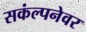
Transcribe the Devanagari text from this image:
सकंल्पनेवर